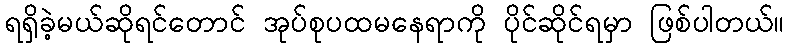
ရရှိခဲ့မယ်ဆိုရင်တောင် အုပ်စုပထမနေရာကို ပိုင်ဆိုင်ရမှာ ဖြစ်ပါတယ်။